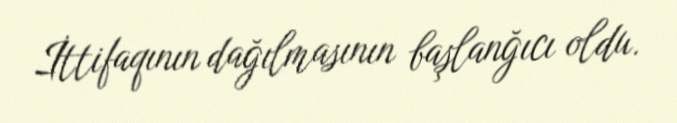
İttifaqının dağılmasının başlanğıcı oldu.